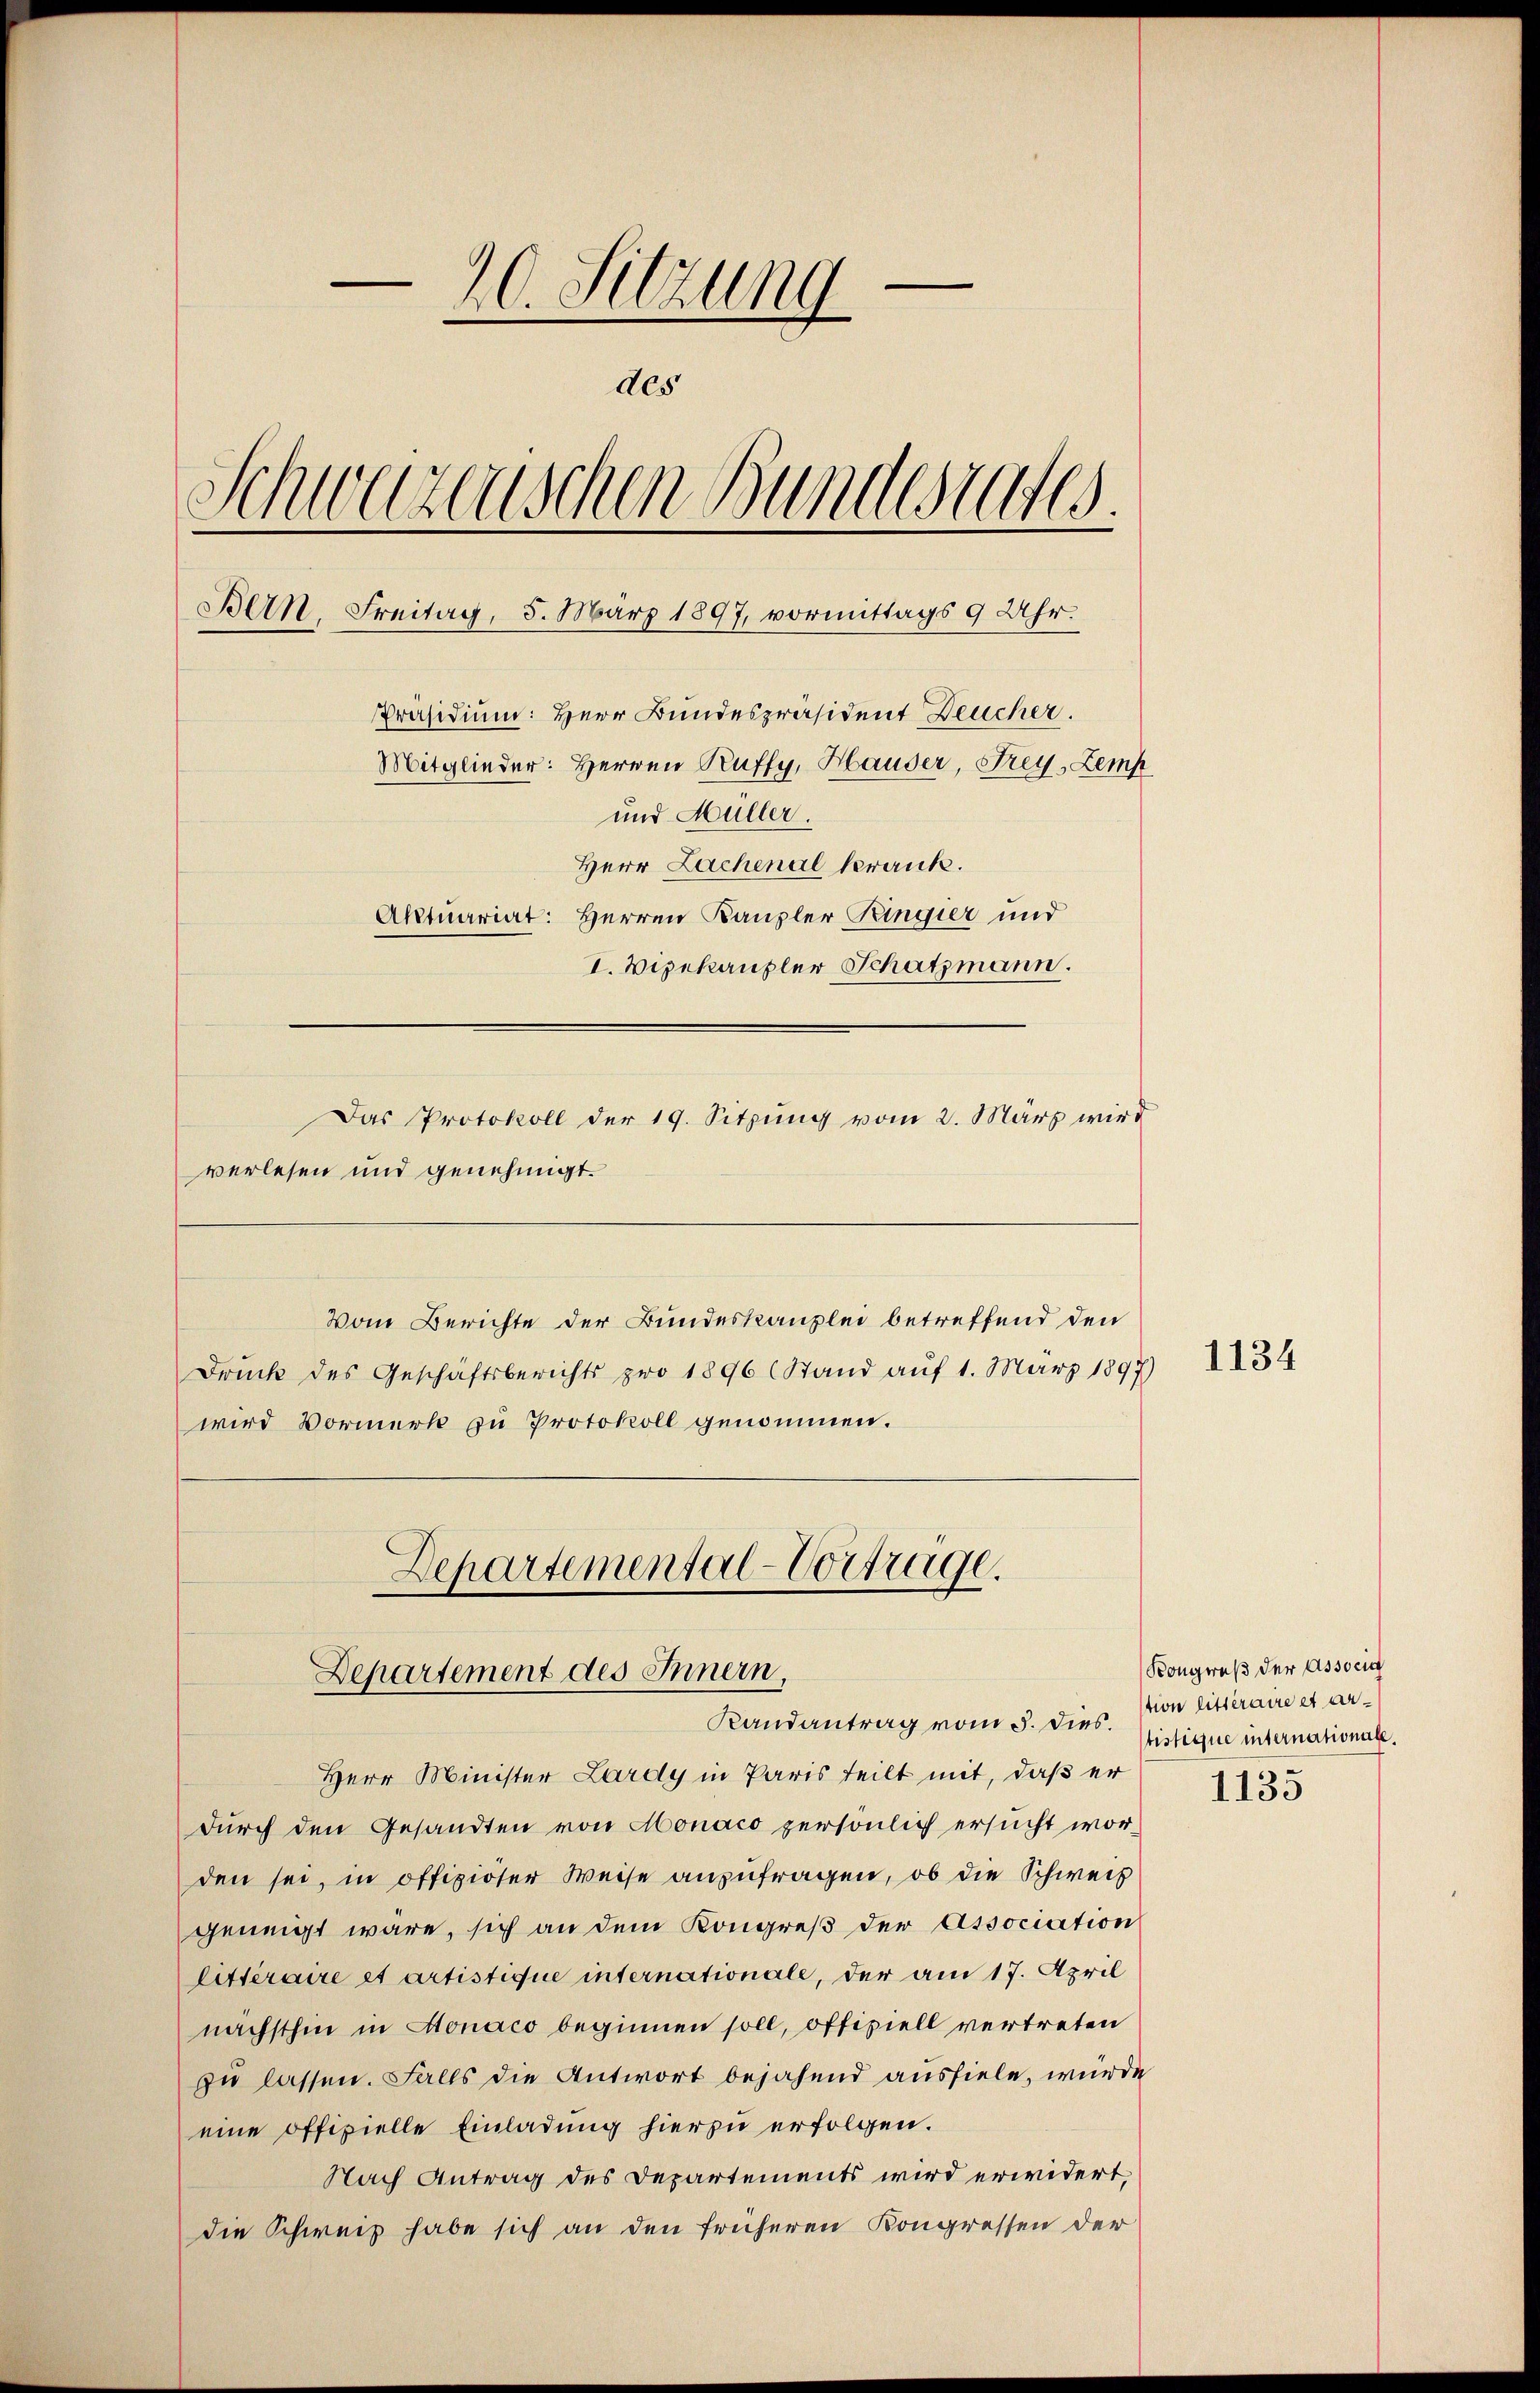
20. Sitzung
des
Schweizerischen Bundesrates
Bern, Freitag, 5. März 1897, vormittags 9 Uhr.
Präsidium: Herr Bundespräsident Deucher.
Mitglieder: Herren Ruffy, Hauser, Frey, Zemp
und Müller.
Herr Lachenal krank.
Aktuariat: Herren Kanzler Ringier und
I. Vizekanzler Schatzmann.
Das Protokoll der 19. Sitzung vom 2. März wird
verlesen und genehmigt.

Vom Berichte der Bundeskanzlei betreffend den
Druck des Geschäftsberichts pro 1896 (Stand auf 1. März 1897)
wird Vormerk zu Protokoll genommen.

Departemental-Vortrage.
Departement des Innern,
Randantrag vom 5. dies.

Herr Minister Lardy in Paris teilt mit, daß er
dŭrch den Gesandten von Monaco persönlich ersucht worden sei, in offizirter Weise anzufragen, ob die Schweiz
geneigt wäre, sich an dem Kongreß der Association
litteraire et artistique internationale, der am 17. April
nächsthin in Monaco beginnen soll, offiziell vertreten
zu lassen. Falls die Antwort bejahend ausfiele, wurde
eine offizielle Einladung hierzu erfolgen.
Nach Antrag des Departements wird erwidert,
die Schweiz habe sich an den früheren Kongressen der

1134

Kongreß der Associa
stion litteraire et artistique internationale,

1133